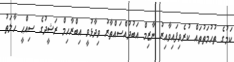
ކަމުގެ ތުހުމަތުތައް ކުރެވިފައިވާއިރު ނާޒިމް އަބުދުއްސައްތާރު ވިދާޅުވީ އިބްރާހިމް ރަޝީދުގެ ސިއްޙީ ހާލަތު